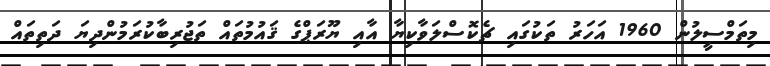
މިތަމްސީލުން 1960 އަހަރު ތަކުގައި ޗެކޮސްލަވާކިޔާ އާއި ޔޫރަޕްގެ ޤައުމުތައް ތަޖުރިބާކުރަމުންދިޔަ ދަތިތައް